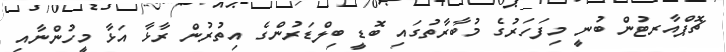
ޗޮޕްއާރޓުން ބުނީ މިފަހަރުގެ މުބާރާތުގައި ބޮޑީ ބިލްޑަރުންގެ އިތުރުން ރާޅާ އަޅާ މީހުންނާއި